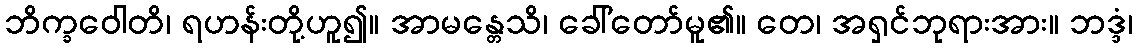
ဘိက္ခဝေါတိ၊ ရဟန်းတို့ဟူ၍။ အာမန္တေသိ၊ ခေါ်တော်မူ၏။ တေ၊ အရှင်ဘုရားအား။ ဘဒ္ဒံ၊